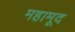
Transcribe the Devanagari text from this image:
महामूद